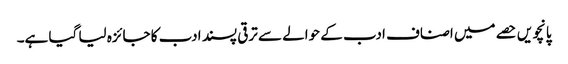
پانچویں حصے میں اصناف ادب کے حوالے سے ترقی پسند ادب کا جائزہ لیا گیا ہے۔